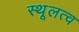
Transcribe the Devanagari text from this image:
स्थूलत्व